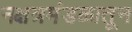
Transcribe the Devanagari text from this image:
नक्षत्रमंडळातून